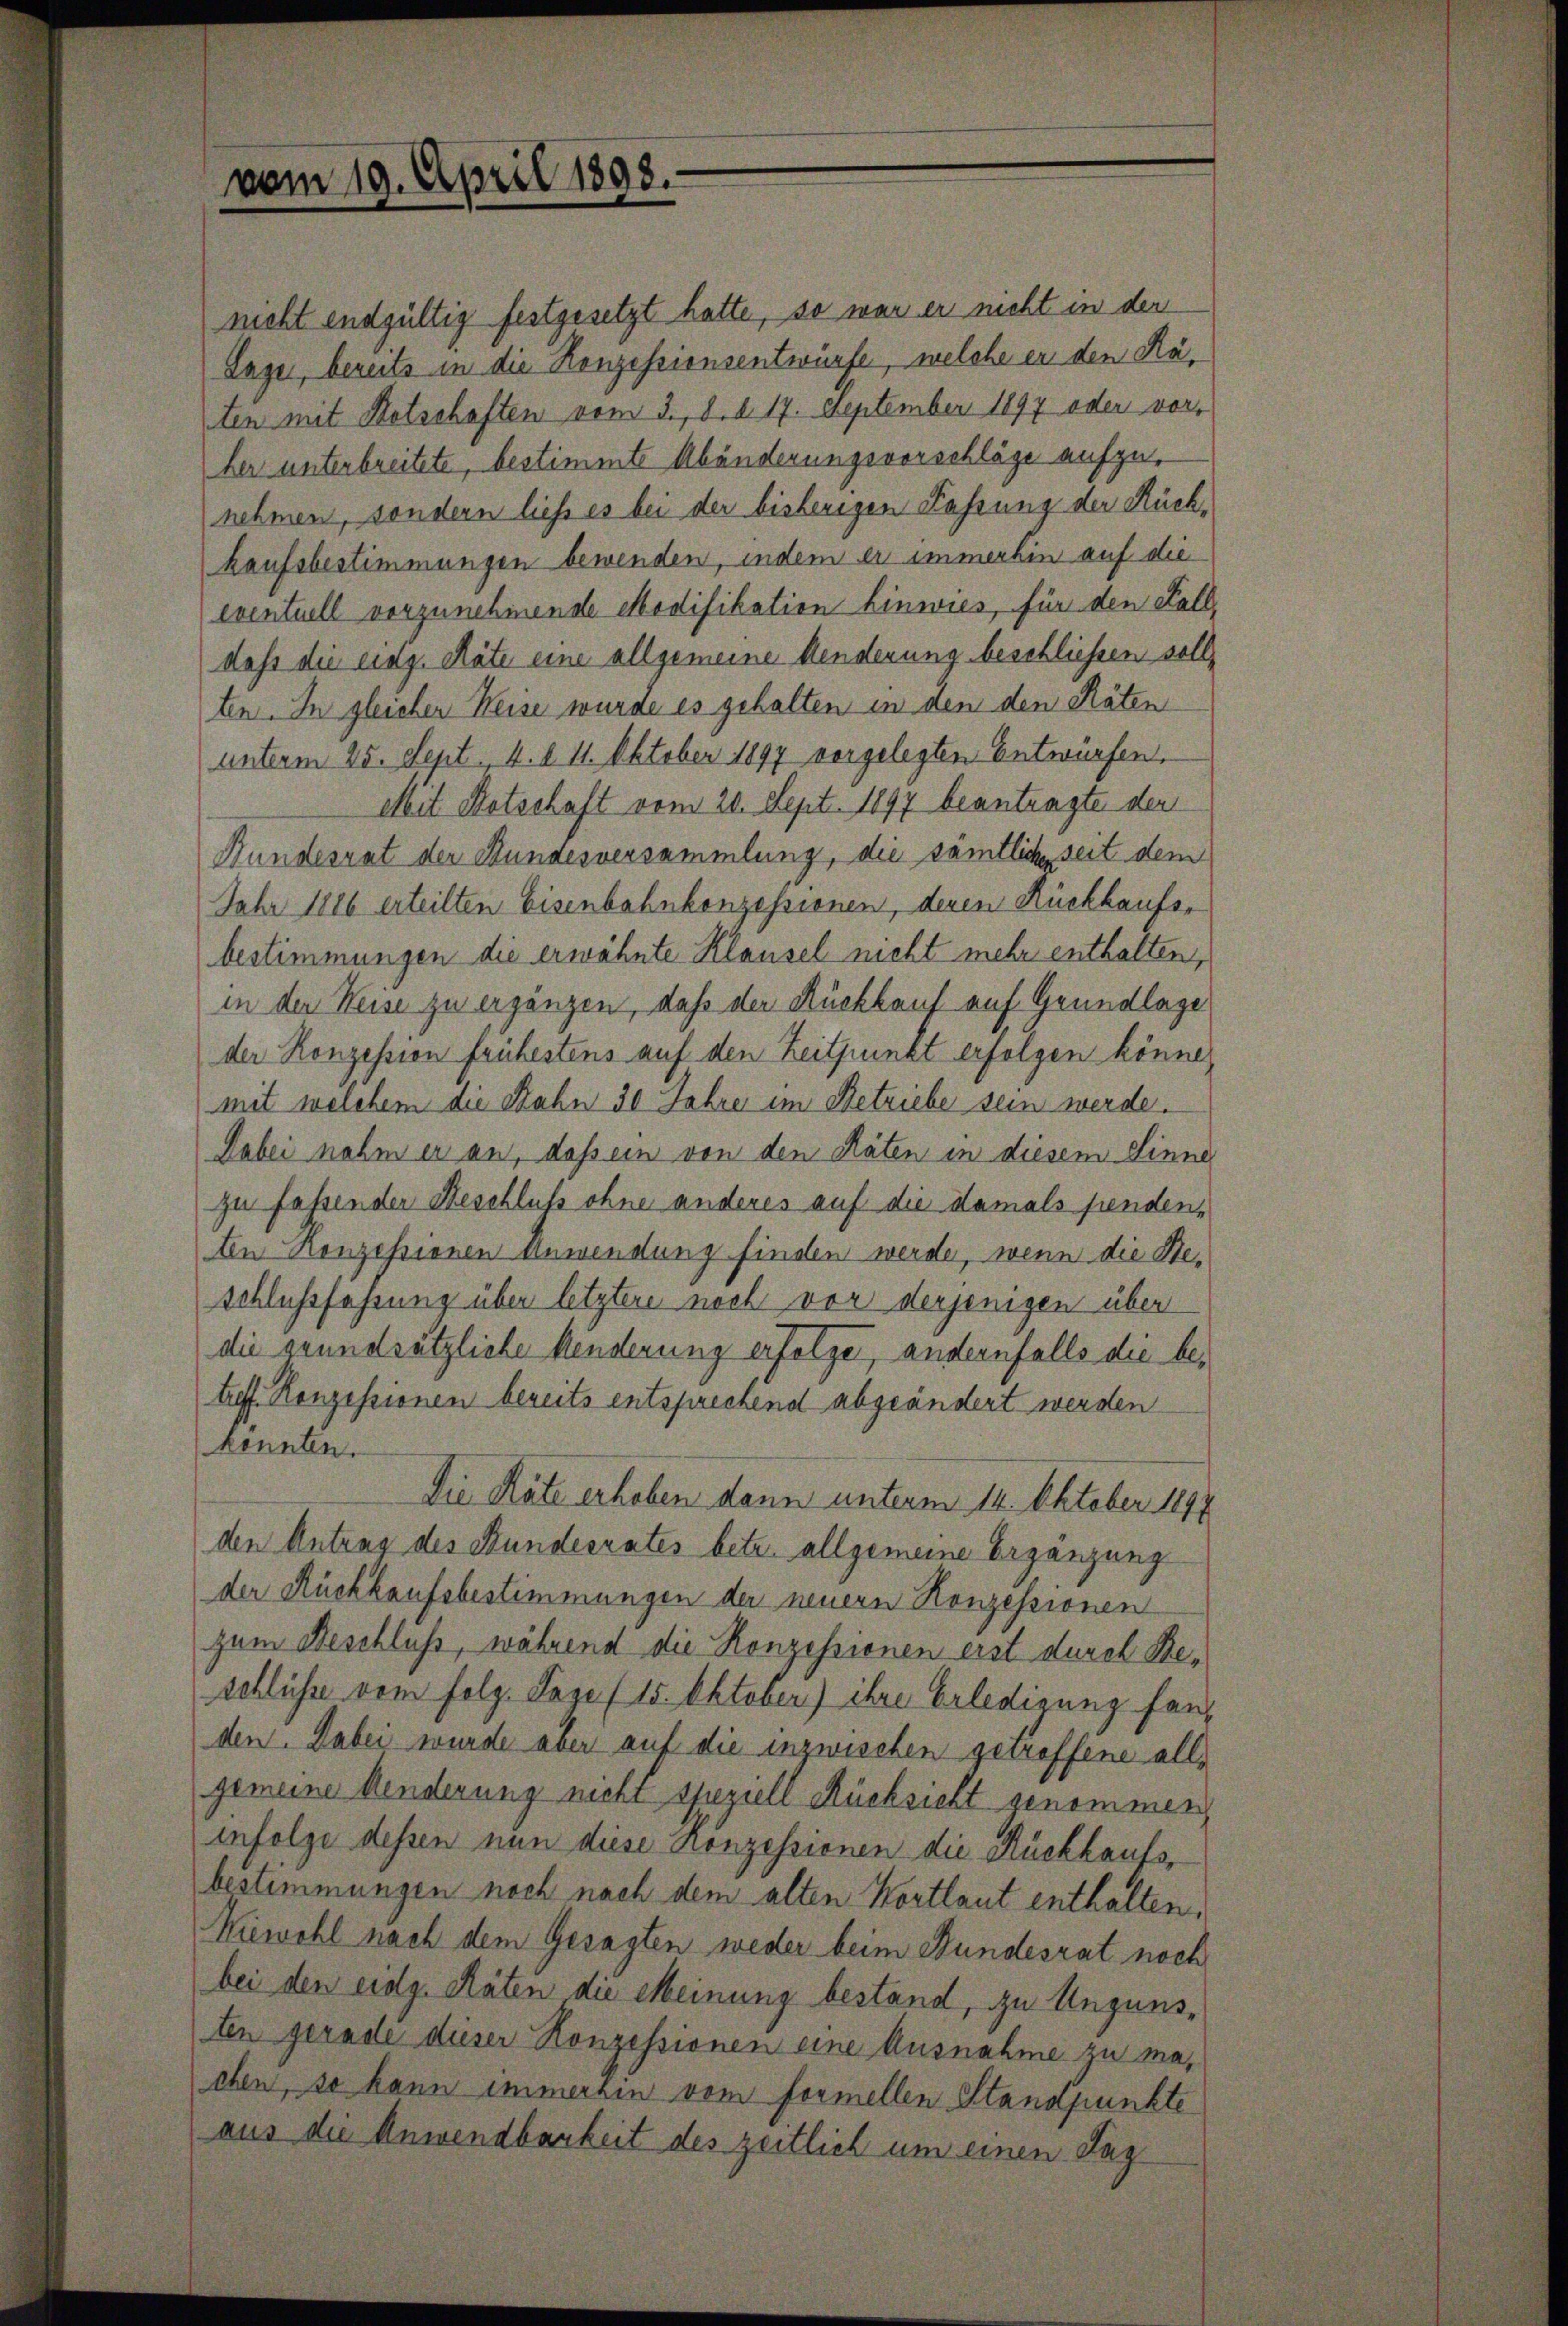
vom 19. April 1898.

nicht endgültig festgesetzt hatte, so war er nicht in der
Lager, bereits in die Konzessionsentwürfe, welche er den Räten mit Kotschaften vom 3. d. d. 17. September 1897 oder vorher unterbreitete, bestimmte Abänderungsvorschläge aufzunehmen, sondern liess es bei der bisherigen Fahrung der Rückkaufsbestimmungen bewenden, indem er immerhin auf die
eventuell vorzunehmende Modifikation Einwies, für den Fall,
dass die eidg. Räte eine allgemeine Aenderung beschliessen soll,
ten. In gleicher Weise wurde es gehalten in den den Räten
unterm 25. Sept. 4. d. 11. Oktober 1897 vorgelegten Entwürfen,
Mit Kotschaft vom 20. Sept. 1897 beantragte der
Bundesrat der Bundesversammlung, die sämtliche seit dem
Jahr 1886 erteilten Eisenbahnkonzessionen, denen Rückkaufs-
bestimmungen die erwähnte Klausel nicht mehr enthalten,
in der Weise zu ergänzen, daß der Rückkauf auf Grundlage
der Konzession frühestens auf den Zeitpunkt erfolgen könne,
mit welchem die Bahn 30 Jahre im Betriebe sein werde.
Dabei nahm er an, dass ein von den Räten in diesem Sinne
zu fassenden Beschluß ohne anderes auf die damals penden,
ten Konzessionen Anwendung finden werde, wenn die Be¬
Schlussfahrung über letztere noch vor derjenigen über
die grundsätzliche Kinderung erfolge, andernfalls die betreff. Konzessionen bereits entsprechend abgeändert werden
konnten.
Die Räte erhoben dann unterm 14. Oktober 1891
den Antrag des Bundesrates betr. allgemeine Ergänzung
der Rückkaufsbestimmungen der neuern Konzessionen
zum Beschluss, während die Konzessionen erst durch Reschlüsse vom folg. Lage (15. Oktober) ihre Erledigung fanden. Dabei wurde aber auf die inzwischen getroffene allgemeine Aenderung nicht speziell Rücksicht genommen
infolge dessen nun diese Konzessionen die Rückkaufsbestimmungen noch nach dem alten Kortlaut enthalten,
Kiewohl nach dem Gesagten weder beim Bundesrat noch
bei den eidg. Räten die Meinung bestand, zu Ungunsten gerade dieser Konzessionen eine Ausnahme zu machen, so kann immerhin vom formellen Standpunkte
aus die Anwendbarkeit des zeitlich um einen Tag